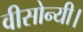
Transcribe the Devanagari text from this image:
वीसोन्यी।